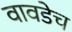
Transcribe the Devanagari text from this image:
वावडेच